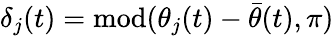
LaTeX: \delta_{j}(t)=\textrm{mod}(\theta_{j}(t)-\bar{\theta}(t),\pi)